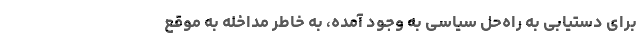
برای دستیابی به راه‌حل سیاسی به وجود آمده‌، به خاطر مداخله به موقع